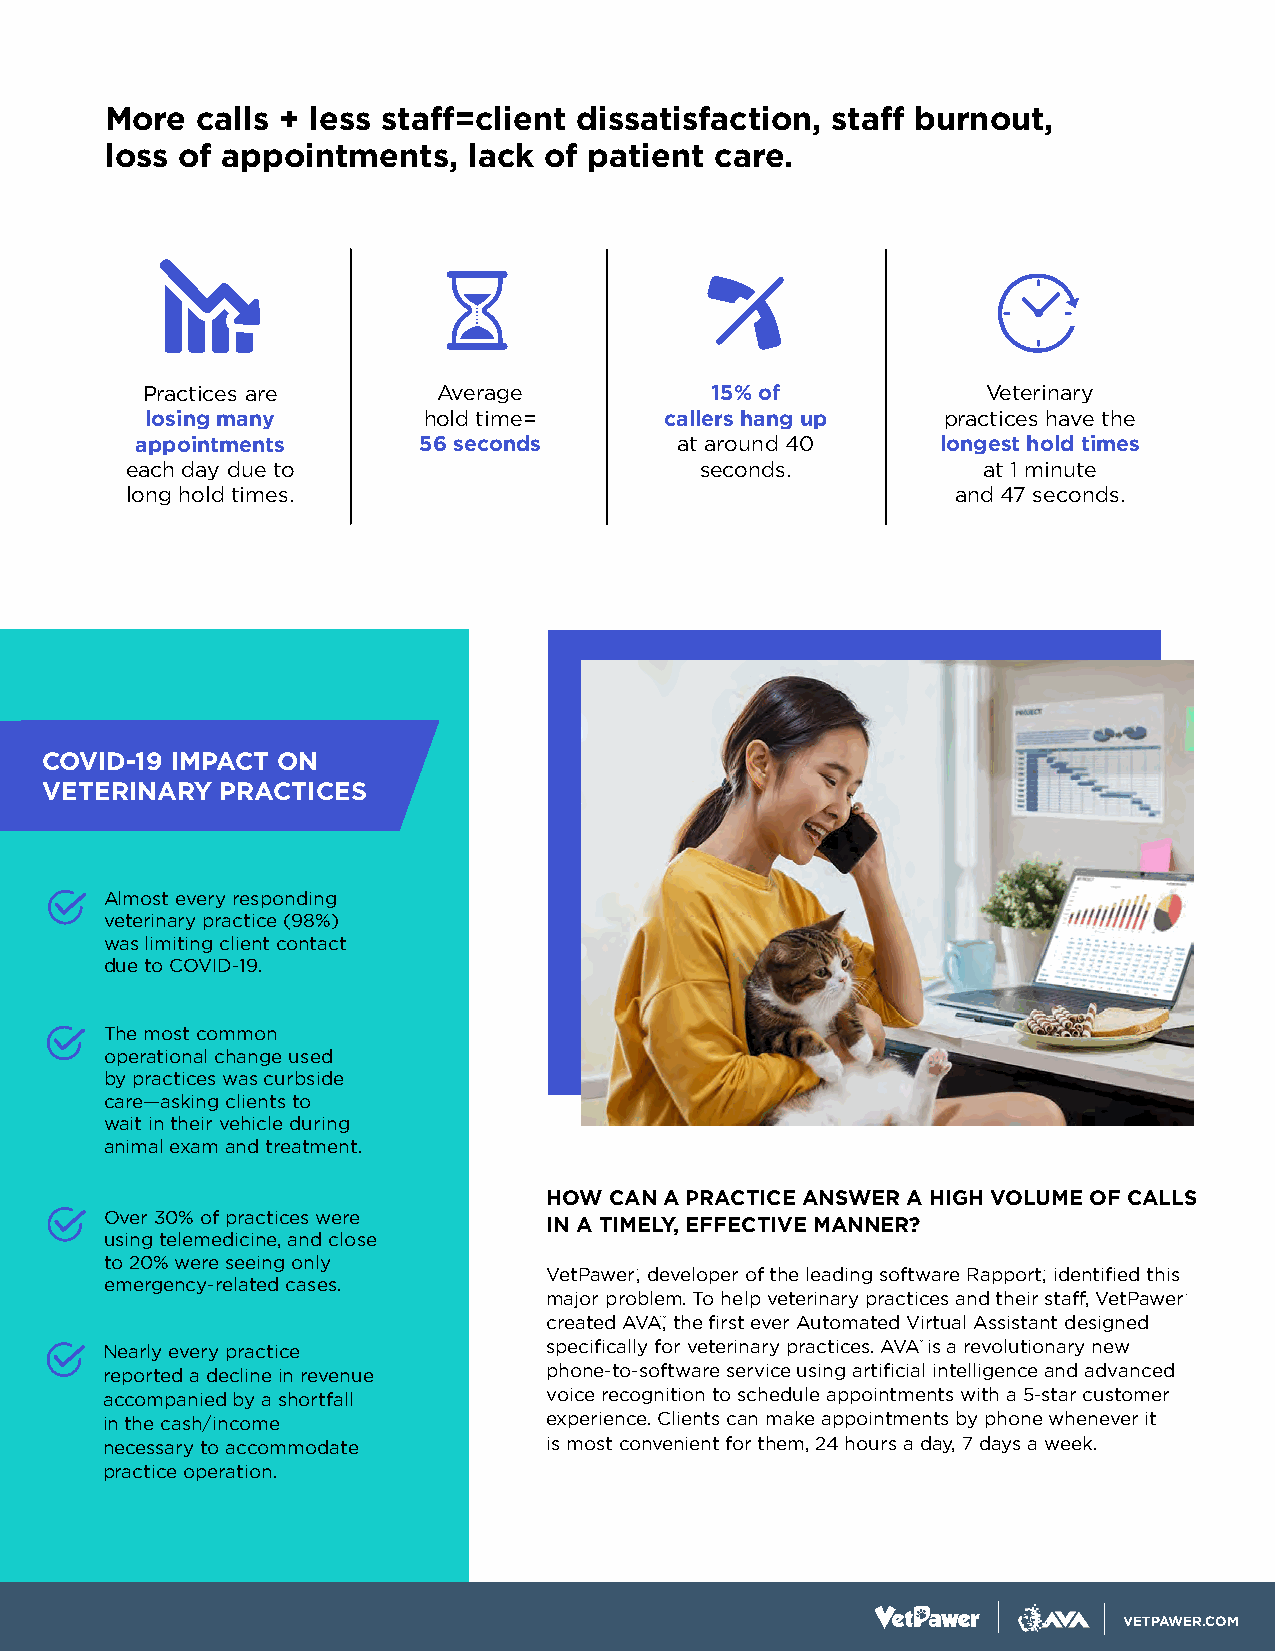
More  calls + less staff=client dissatisfaction, staff burnout,
 loss of appointments,   lack of patient care.
 Practices are       Average           15% of            Veterinary
 losing many       hold time=      callers hang up   practices have the
 appointments       56 seconds       at around 40     longest hold times
 each day due to                       seconds.           at 1 minute
 long hold times.                                       and 47 seconds.
 COVID-19 IMPACT ON
 VETERINARY  PRACTICES
 Almost every responding
 veterinary practice (98%)
 was limiting client contact
 due to COVID-19.
 The most common
 operational change used
 by practices was curbside
 care—asking clients to
 wait in their vehicle during
 animal exam and treatment.
 HOW CAN A PRACTICE ANSWER A HIGH VOLUME OF CALLS
 Over 30% of practices were
 IN A TIMELY, EFFECTIVE MANNER?
 using telemedicine, and close
 to 20% were seeing only
 VetPawer , developer of the leading software Rapport, identified this
 emergency-related cases.
 major problem. To help veterinary practices and their staff, VetPawer
 created AVA, the first ever Automated Virtual Assistant designed
 Nearly every practice        specifically for veterinary practices. AVA is a revolutionary new
 reported a decline in revenue phone-to-software service using artificial intelligence and advanced
 accompanied by a shortfall   voice recognition to schedule appointments with a 5-star customer
 in the cash/income           experience. Clients can make appointments by phone whenever it
 necessary to accommodate     is most convenient for them, 24 hours a day, 7 days a week.
 practice operation.
 VETPAWER.COM